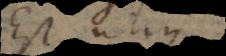
Est utique